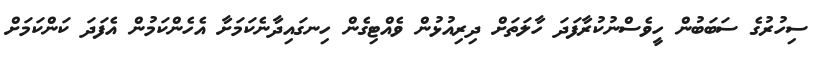
ސިހުރުގެ ސަބަބުން ހީވެސްނުކުރާފަދަ ހާލަތަށް ދިރިއުޅުން ވެއްޓިގެން ހިނގައިދާނެކަމަށާ އެހެންކަމުން އެފަދަ ކަންކަމަށް